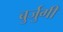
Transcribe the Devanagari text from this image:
बुर्जुगी